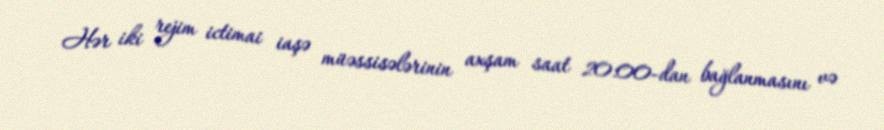
Hər iki rejim ictimai iaşə müəssisələrinin axşam saat 20:00-dan bağlanmasını və